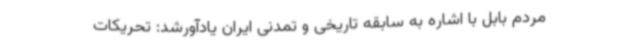
مردم بابل با اشاره به سابقه تاریخی و تمدنی ایران یادآورشد: تحریکات